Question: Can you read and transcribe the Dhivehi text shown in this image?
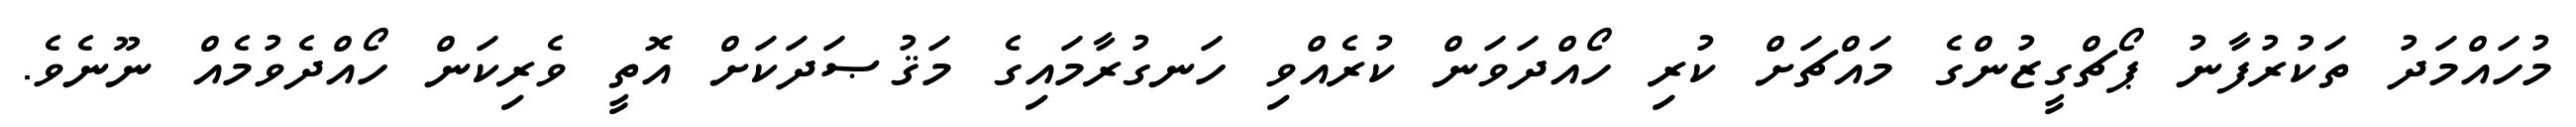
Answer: މުހައްމަދު ތަކުރުފާނު ޕޯޗްގީޒުންގެ މައްޗަށް ކުރި ހޯއްދަވަން ކުރެއްވި ހަނގުރާމައިގެ މަޤުޞަދަކަށް އޮތީ ވެރިކަން ހޯއްދެވުމެއް ނޫނެވެ.